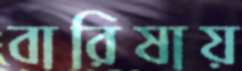
বারিষায়